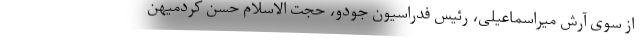
از سوی آرش میراسماعیلی، رئیس فدراسیون جودو، حجت الاسلام حسن کردمیهن